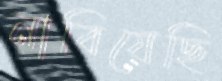
নাবিয়েছি